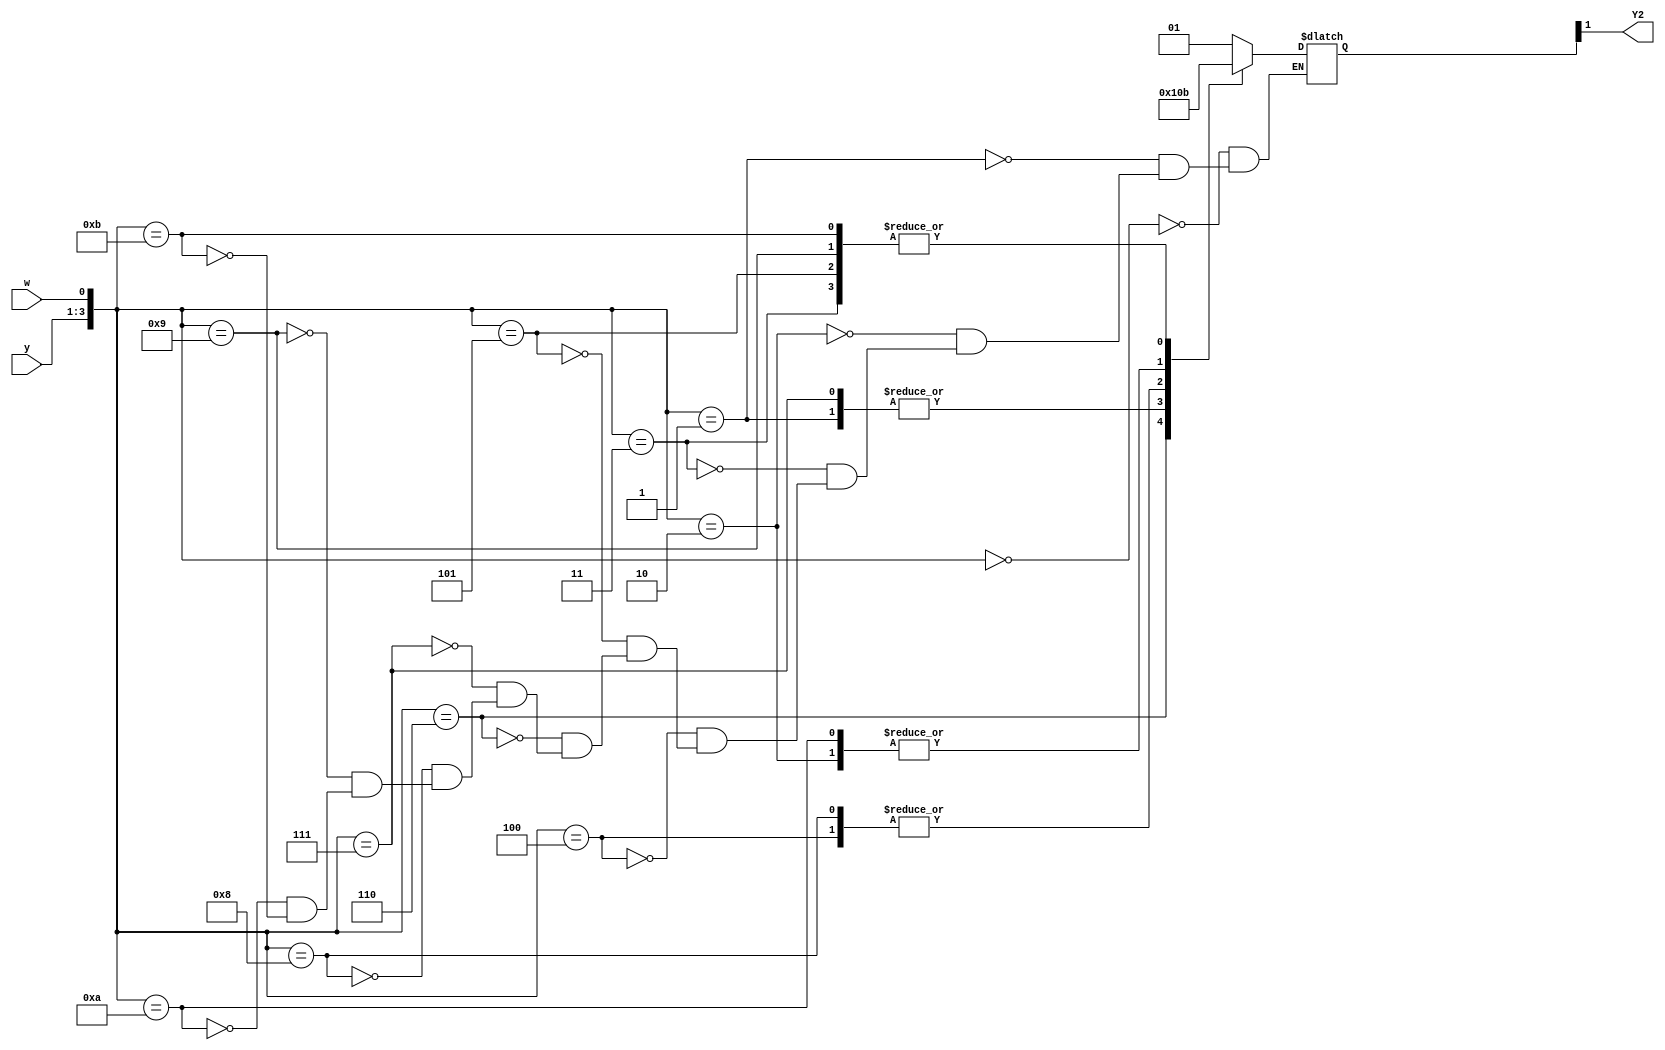
module top_module (
    input [3:1] y,
    input w,
    output Y2);
    
    reg [3:1] Y;
    always @(*) begin
        case({y, w})
            4'b0000: Y = 3'b001;
            4'b0001: Y = 3'b000;
            4'b0010: Y = 3'b010;
            4'b0011: Y = 3'b011;
            4'b0100: Y = 3'b100;
            4'b0101: Y = 3'b011;
            4'b0110: Y = 3'b101;
            4'b0111: Y = 3'b000;
            4'b1000: Y = 3'b100;
            4'b1001: Y = 3'b011;
            4'b1010: Y = 3'b010;
            4'b1011: Y = 3'b011;
        endcase
    end
    
    assign Y2 = Y[2];

endmodule